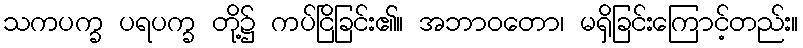
သကပက္ခ ပရပက္ခ တို့၌ ကပ်ငြိခြင်း၏။ အဘာဝတော၊ မရှိခြင်းကြောင့်တည်း။